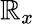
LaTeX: \mathbb{R}_{x}